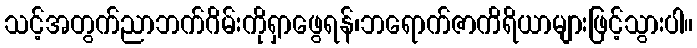
သင့်အတွက်ညာဘက်ဂိမ်းကိုရှာဖွေရန်၊ဘရောက်ဇာကိရိယာများဖြင့်သွားပါ။